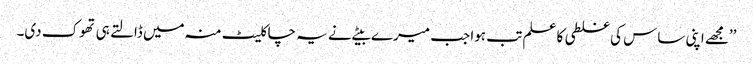
’’مجھے اپنی ساس کی غلطی کا علم تب ہوا جب میرے بیٹے نے یہ چاکلیٹ منہ میں ڈالتے ہی تھوک دی۔